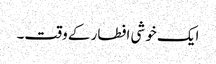
ایک خوشی افطار کے وقت۔